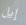
إيل